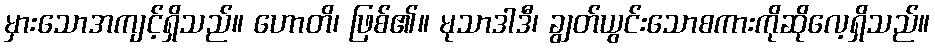
မှားသောအကျင့်ရှိသည်။ ဟောတိ၊ ဖြစ်၏။ မုသာဒါဒီ၊ ချွတ်ယွင်းသောစကားကိုဆိုလေ့ရှိသည်။